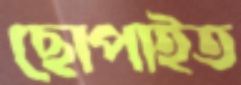
ছোপাইত